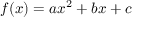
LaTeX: f ( x ) = a x ^ { 2 } + b x + c